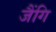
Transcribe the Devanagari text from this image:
जैंगि